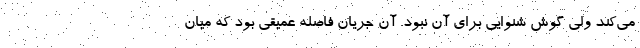
می‌کند ولی گوش شنوایی برای آن نبود. آن جریان فاصله عمیقی بود که میان